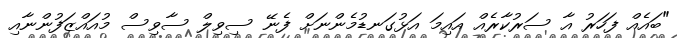
"ބައެއް ފަހަރު އާ ސަރުކާރެއް އައިމަ އަޅުގަނޑުމެންނަށް ފެނޭ ސިވިލް ސާވިސް މުއައްޒަފުންނާއި